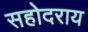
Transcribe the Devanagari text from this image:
सहोदराय